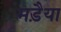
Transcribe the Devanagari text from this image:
मड़ैया